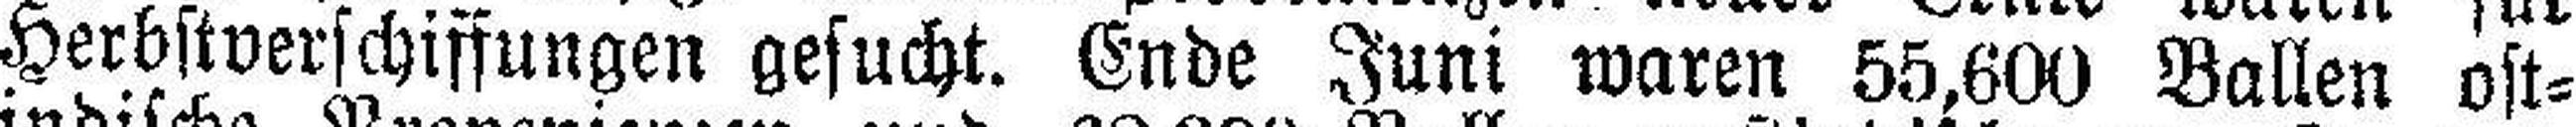
Herbstverschiffungen gesucht. Ende Juni waren 55,600 Ballen ost¬